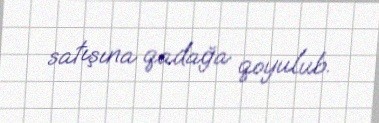
satışına qadağa qoyulub.